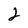
Character: 2